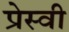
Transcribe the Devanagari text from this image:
प्रेस्वी